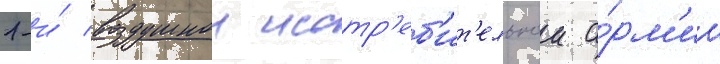
1-и́ воздушнои истр'еб'ит'ельнои а́рм'ии